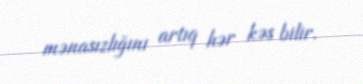
mənasızlığını artıq hər kəs bilir.